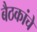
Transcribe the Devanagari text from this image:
बैठकांचे